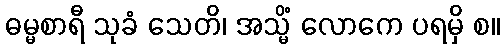
ဓမ္မစာရီ သုခံ သေတိ၊ အသ္မိံ လောကေ ပရမှိ စ။